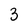
Character: 3